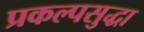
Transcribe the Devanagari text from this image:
प्रकल्पसुद्धा